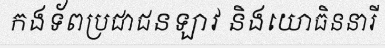
កងទ័ពប្រជាជនឡាវ និងយោធិននារី